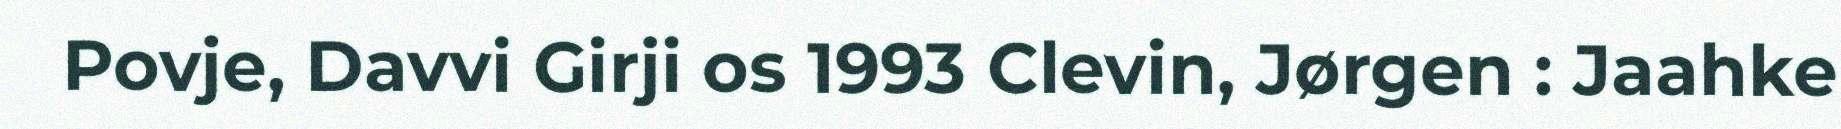
Povje, Davvi Girji os 1993 Clevin, Jørgen : Jaahke